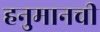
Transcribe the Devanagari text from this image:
हनुमानची